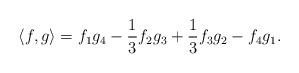
LaTeX: \begin{align*} \langle f, g\rangle = f_1 g_4 - \frac{1}{3} f_2 g_3 + \frac{1}{3} f_3g_2 -f_4g_1.\end{align*}